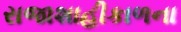
રાજાશાહીકાળના